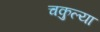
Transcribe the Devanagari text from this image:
चकुल्या